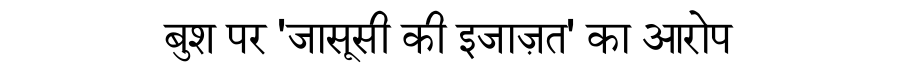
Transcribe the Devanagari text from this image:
बुश पर 'जासूसी की इजाज़त' का आरोप